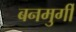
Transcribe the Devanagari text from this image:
बनमुर्गी